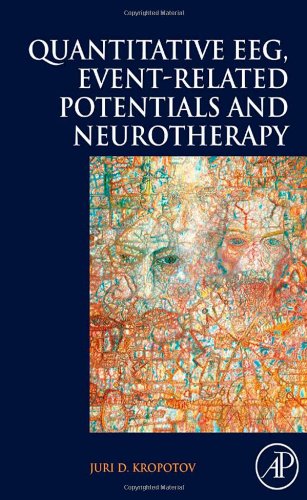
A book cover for Quantitative EEG, Event-Related Potentials and Neurotherapy; Juri Kropotov; Medical Books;